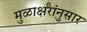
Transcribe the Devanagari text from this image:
मुळाक्षरांनुसार